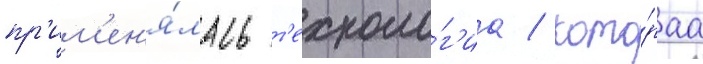
пр'им'ен'я́лась т'ехноло́г'иа / кото́раа